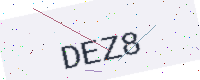
Text: DEZ8